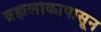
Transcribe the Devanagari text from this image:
ब्रह्मलोकापासून